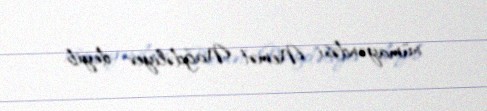
nümayəndəsi Nemət Nağdəliyev deyib.